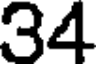
34